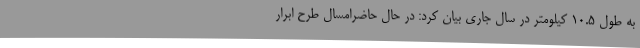
به طول 10.5 کیلومتر در سال جاری بیان کرد: در حال حاضرامسال طرح ابرار